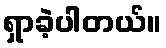
ရှာခဲ့ပါတယ်။